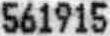
561915